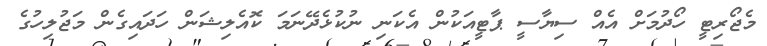
މެޖޯރިޓީ ހޯދުމަށް އެއް ސިޔާސީ ޕާޓީއަކުން އެކަނި ނުކުޅެދޭނަމަ ކޮއެލިޝަން ހަދައިގެން މަޖުލިހުގެ